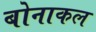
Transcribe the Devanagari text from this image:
बोनाकल